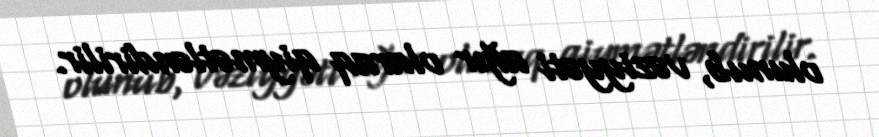
olunub, vəziyyəti ağır olaraq qiymətləndirilir.